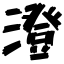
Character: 澄